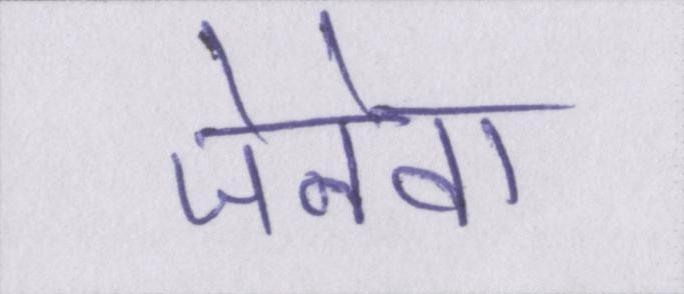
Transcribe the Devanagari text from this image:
जेनेवा